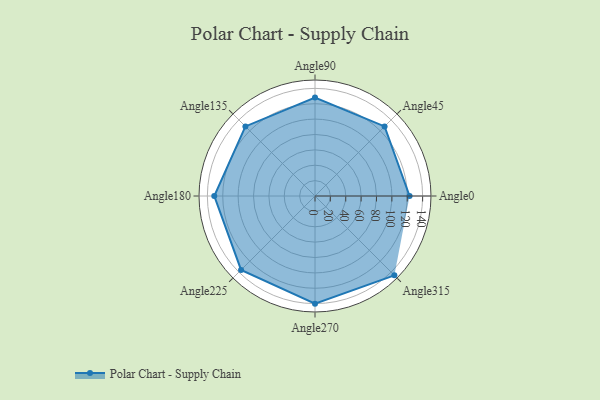
{"axis": {"x": "Angle", "y": "Radius"}, "legend": [""], "data": [{"x": "Angle0", "y": 123.0, "type": ""}, {"x": "Angle45", "y": 128.0, "type": ""}, {"x": "Angle90", "y": 128.0, "type": ""}, {"x": "Angle135", "y": 128.0, "type": ""}, {"x": "Angle180", "y": 131.0, "type": ""}, {"x": "Angle225", "y": 136.0, "type": ""}, {"x": "Angle270", "y": 140.0, "type": ""}, {"x": "Angle315", "y": 146.0, "type": ""}]}